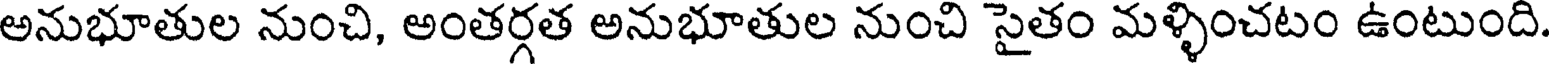
అనుభూతుల నుంచి, అంతర్గత అనుభూతుల నుంచి సైతం మళ్ళించటం ఉంటుంది